Papers set at the Examination for Leaving Certificates, 1894
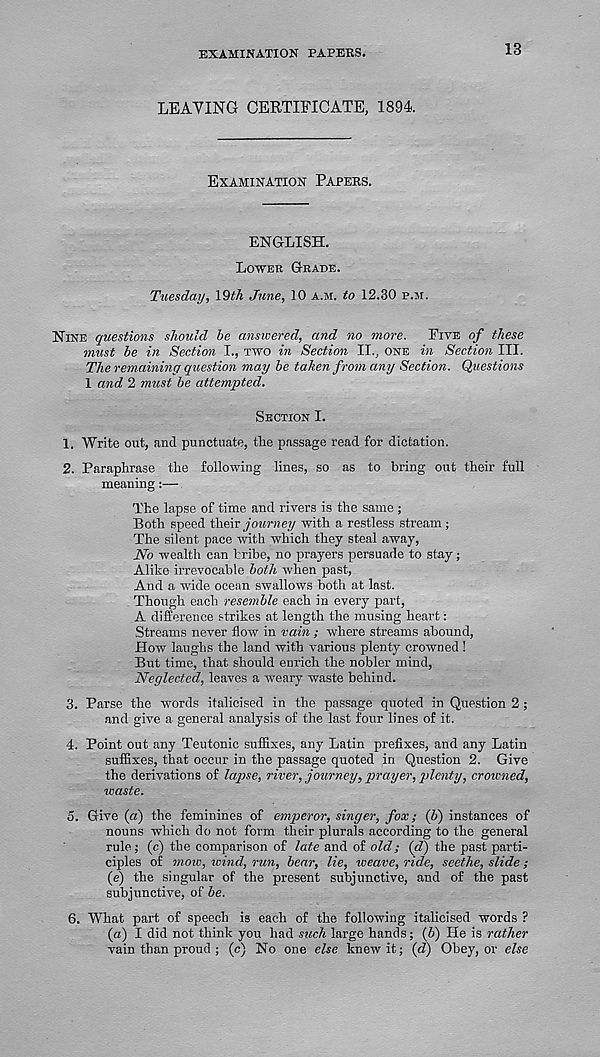
EXAMINATION PAPERS.
18
LEAVING CERTIFICATE, 1894.
EXAMINATION PAPERS.
ENGLISH.
LOWER GRADE.
Tuesday, \9th June, 10 A.M. to 12.30 P.M.
NINE questions should be answered, and no more. FIVE of these
must be in Section I., TWO in Section II., ONE in Section III.
The remaining question may be taken from any Section. Questions
1 and 2 must be attempted.
SECTION I.
1. Write out, and punctuate, the passage read for dictation.
2. Paraphrase the following lines, so as to bring out their full
meaning :—
The lapse of time and rivers is the same ;
Both speed their journey with a restless stream;
The silent pace with which they steal away,
No wealth can tribe, no prayers persuade to stay;
Alike irrevocable both when past,
And a wide ocean swallows both at last.
Though each resemble each in every part,
A difference strikes at length the musing heart:
Streams never flow in vain ; where streams abound,
How laugbs the land with various plenty crowned !
But time, that should enrich the nobler mind,
Neglected, leaves a weary waste behind.
3. Parse the words italicised in the passage quoted in Question 2;
and give a general analysis of the last four lines of it.
4. Point out any Teutonic suffixes, any Latin prefixes, and any Latin
suffixes, that occur in the passage quoted in Question 2. Give
the derivations of lapse, river, journey, prayer, plenty, crowned,
ivaste.
5. Give (a) the feminines of emperor, singer, fox; (b) instances of
nouns which do not form their plurals according to the general
rule; (c) the comparison of late and of old; (d) the past parti-
ciples of moiv, ivind, run, bear, lie, weave, ride, seethe, slide ;
(e) the singular of the present subjunctive, and of the past
subjunctive, of be.
6. What part of speech is each of the following italicised words ?
(a) I did not think you had such large hands; (5) He is rather
vain than proud ; (c) No one else knew it; (d) Obey, or else